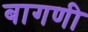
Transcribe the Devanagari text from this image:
बागणी